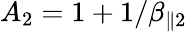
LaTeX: A_{2}=1+1/\beta_{\parallel 2}